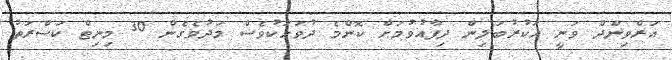
އަރްވިންދް ވަނީ ހަކުރުބަލިން ދިފާއުވުމަށް ކޮންމެ ދުވަހަކުވެސް މަދުވެގެން 30 މިނިޓް ކަސްރަތު